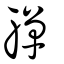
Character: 軃